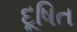
દૂષિત